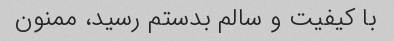
با کیفیت و سالم بدستم رسید، ممنون